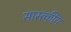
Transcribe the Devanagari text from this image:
सास्त्कीय